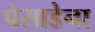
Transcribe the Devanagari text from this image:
पेसाडेना